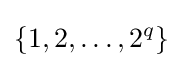
\{1,2,\ldots ,2^{q}\}